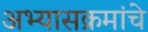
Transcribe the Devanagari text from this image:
अभ्‍यासक्रमांचे